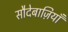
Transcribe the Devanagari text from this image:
सौदेबाज़ियाँ